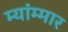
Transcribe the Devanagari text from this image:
म्यांम्मार